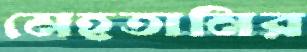
মেহতানির